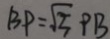
B P = \sqrt { 5 } P B